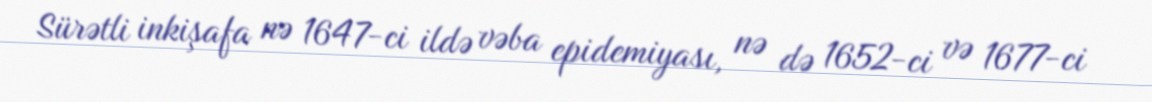
Sürətli inkişafa nə 1647-ci ildə vəba epidemiyası, nə də 1652-ci və 1677-ci